Civil Veterinary Department. Madras. Admin. report 1926-33 - 1926-1933
Year: 1926
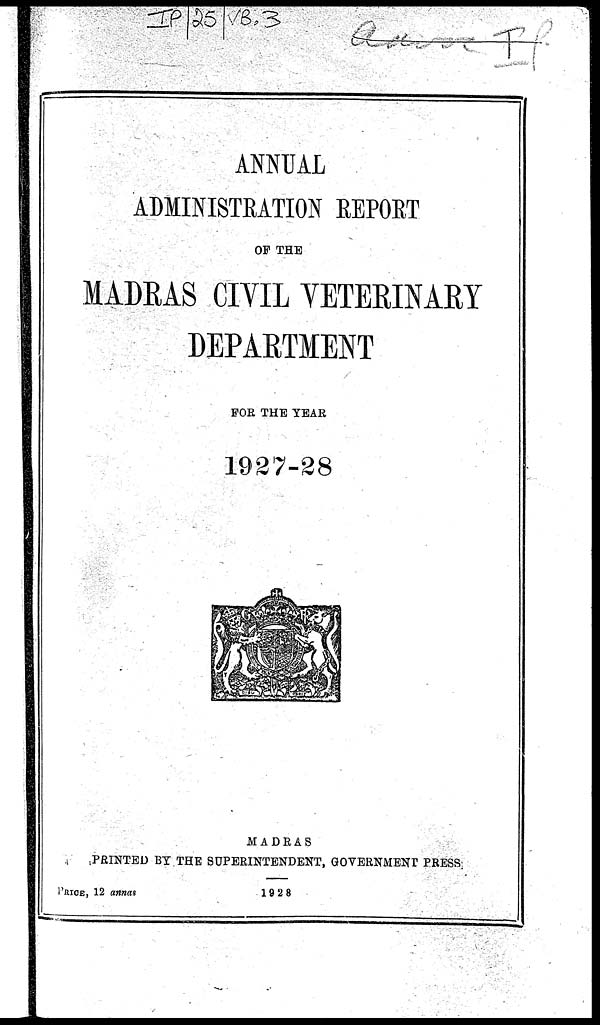
ANNUAL
ADMINISTRATION REPORT
OF THE
MADRAS CIVIL VETERINARY
DEPARTMENT
FOR THE YEAR
1927-28
MADRAS
PRINTED BY THE SUPERINTENDENT, GOVERNMENT PRESS
PRICE, 12 annas
1928